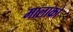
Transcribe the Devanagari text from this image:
मालाको